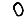
Digit: 0